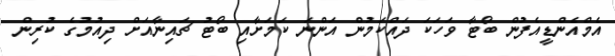
އެމްއެންޑީއެފުން ބޯޓާ ވަހަކަ ދައްކަމުން އަންނަ ކަމަށާއި ބޯޓު ޗައިނާއަށް ދިއުމުގެ ކުރިން